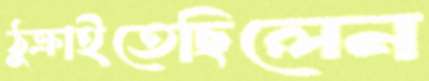
ঠুক্‌রাইতেছিলেন